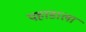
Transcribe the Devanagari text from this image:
पहाडाला